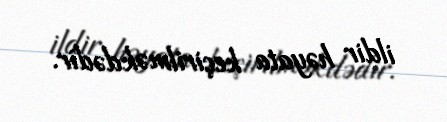
ildir həyata keçirilməkdədir.